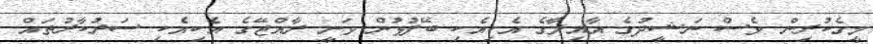
މީގެކުރިން ވެސް ނަޝީދުގެ އާއިލާގެ އެކިއެކި ބޭފުޅުން ވަނީ ރާއްޖޭގެ އެކިއެކި ސަރުކާރުތައް